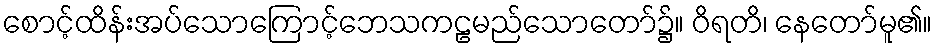
စောင့်ထိန်းအပ်သောကြောင့်ဘေသကဠမည်သောတော်၌။ ဝိရတိ၊ နေတော်မူ၏။